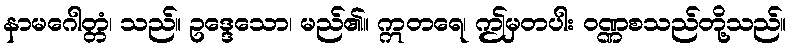
နာမဂေါတ္တံ၊ သည်။ ဥဒ္ဒေသော၊ မည်၏။ ဣတရေ၊ ဤမှတပါး ဝဏ္ဏစသည်တို့သည်။